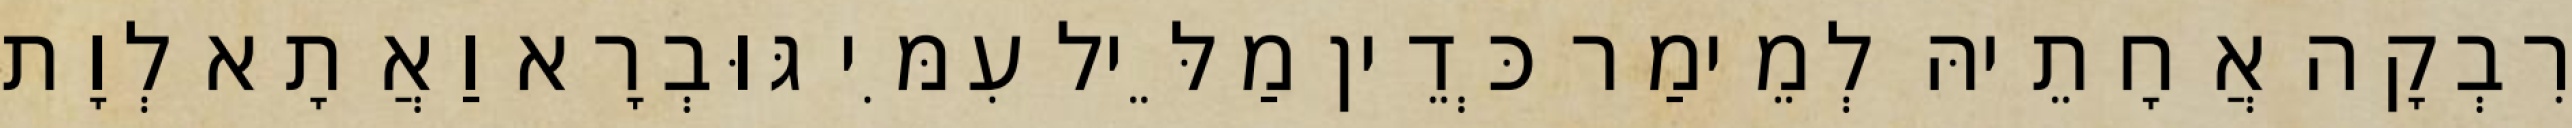
רִבְקָה אֲחָתֵיהּ לְמֵימַר כְּדֵין מַלֵּיל עִמִּי גּוּבְרָא וַאֲתָא לְוָת